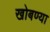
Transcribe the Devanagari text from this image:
खोबण्या